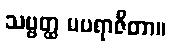
သဗ္ဗတ္ထ မပရာဇိတာ။